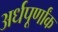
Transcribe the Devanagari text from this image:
अर्धपूर्णांक